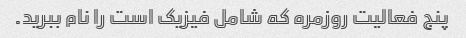
پنج فعالیت روزمره که شامل فیزیک است را نام ببرید.